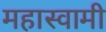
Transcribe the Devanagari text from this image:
महास्वामी